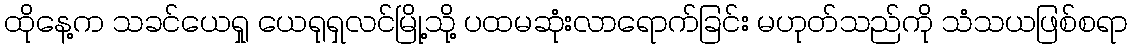
ထိုနေ့က သခင်ယေရှု ယေရုရှလင်မြို့သို့ ပထမဆုံးလာရောက်ခြင်း မဟုတ်သည်ကို သံသယဖြစ်စရာ